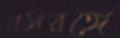
রসরঙ্গে